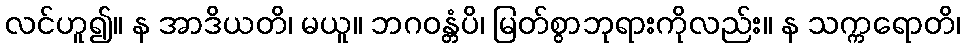
လင်ဟူ၍။ န အာဒိယတိ၊ မယူ။ ဘဂဝန္တံပိ၊ မြတ်စွာဘုရားကိုလည်း။ န သက္ကရောတိ၊